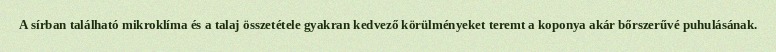
A sírban található mikroklíma és a talaj összetétele gyakran kedvező körülményeket teremt a koponya akár bőrszerűvé puhulásának.